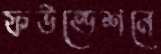
ফউন্ডেশনে